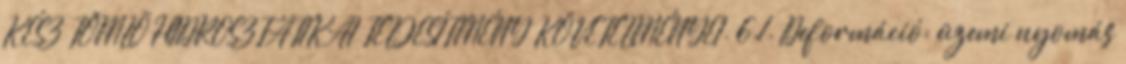
KÉSZ TÖMLÕ HIDROSZTATIKAI TELJESÍTMÉNY KÖVETELMÉNYEI. 6.1. Deformáció: üzemi nyomás